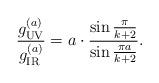
LaTeX: \begin{align*}{g_{\tiny\rm UV}^{(a)}\over{g_{\tiny\rm IR}^{(a)}}}=a\cdot {\sin{\pi\over{k+2}}\over{\sin{\pi a\over{k+2}}}}.\end{align*}